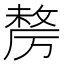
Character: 𭆓